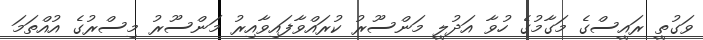
ވަގުތީ ރައީސްގެ މަގާމުގެ ހުވާ އަދުލީ މަންސޫރު ކުރައްވާފައިވާއިރު މަންސޫރު މިސްރުގެ އުއްތަމަ